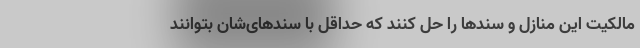
مالکیت این منازل و سندها را حل کنند که حداقل با سندهای‌شان بتوانند